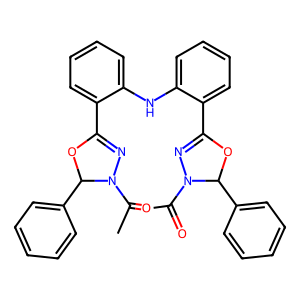
SMILES: CC(=O)N1N=C(c2ccccc2Nc2ccccc2C2=NN(C(C)=O)C(c3ccccc3)O2)OC1c1ccccc1
Inhibits HIV replication: No